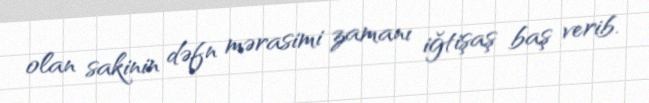
olan sakinin dəfn mərasimi zamanı iğtişaş baş verib.